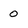
Character: 0